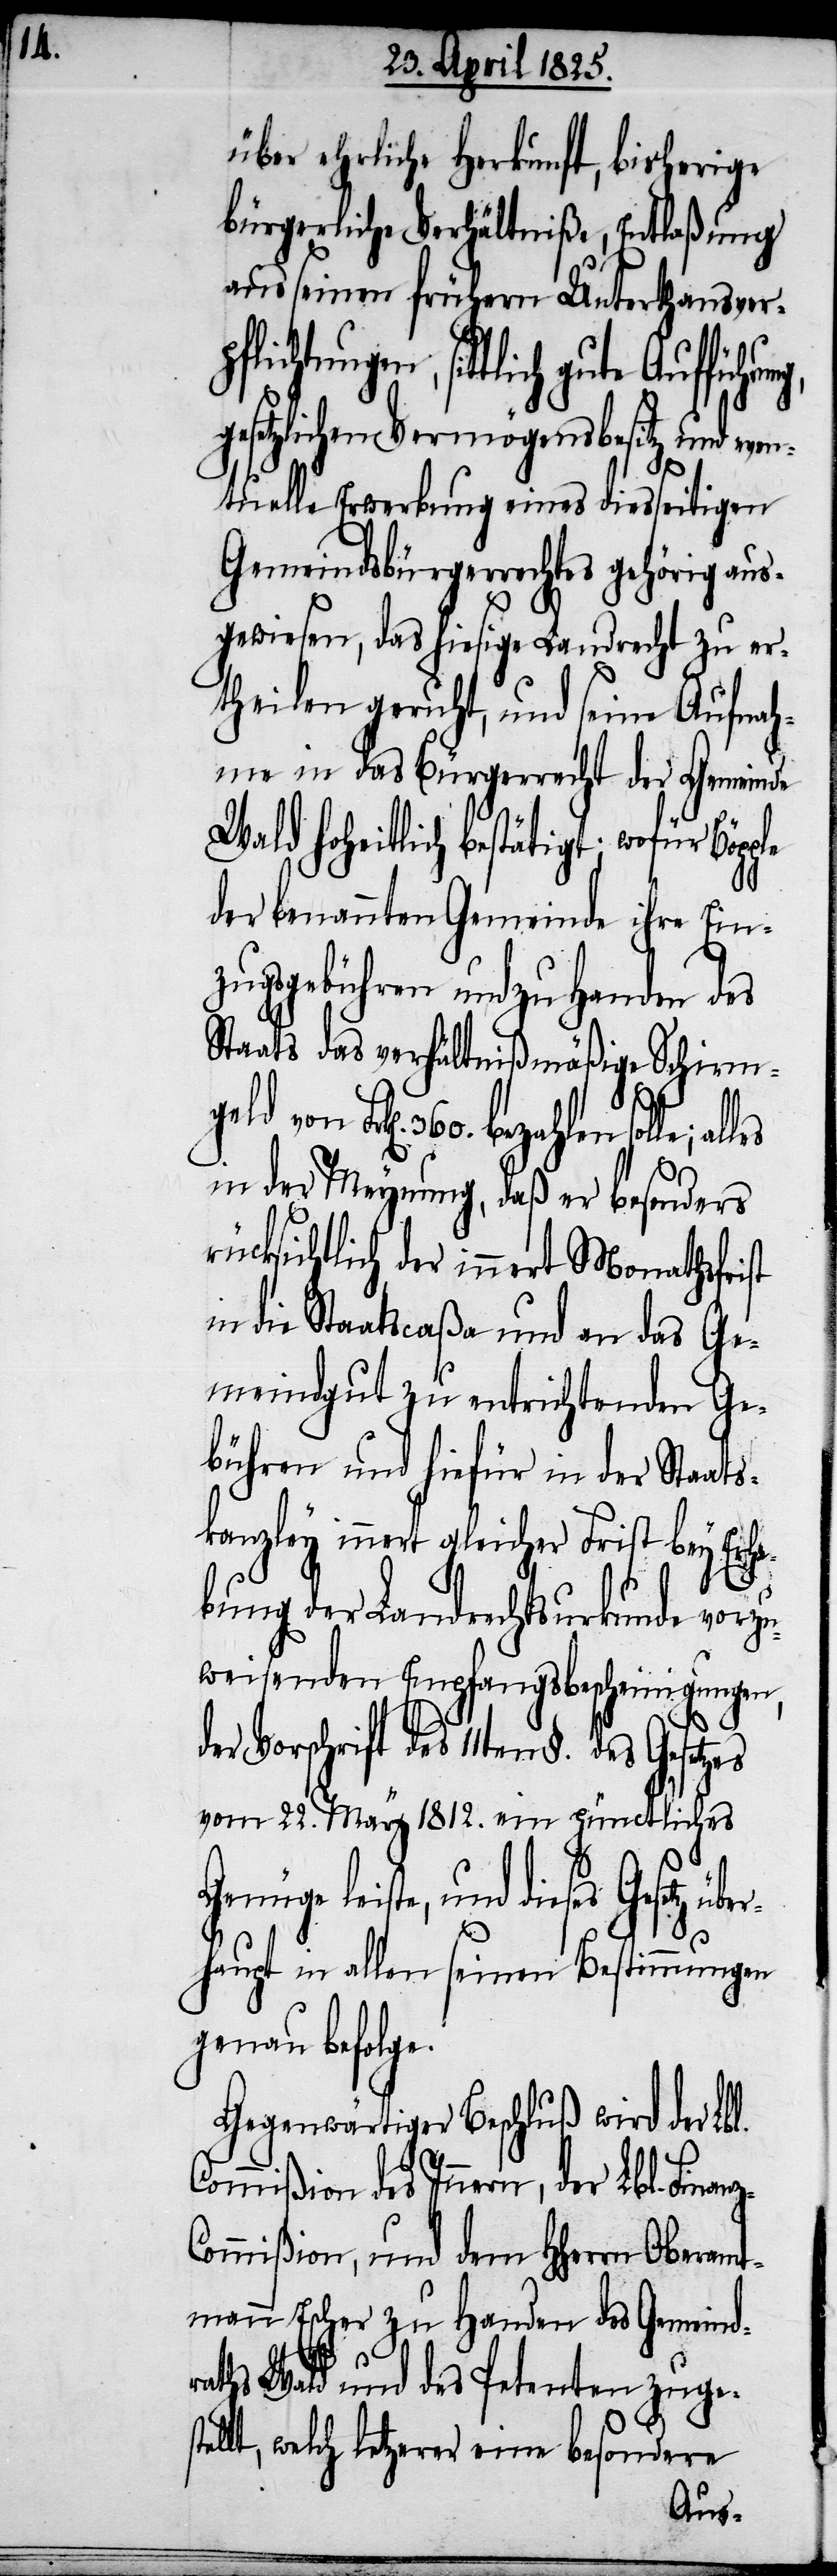
über ehrliche Herkunft, bisherige
bürgerliche Verhältniße, Entlaßung
aus seinen frühern Unterthansverp¬
flichtungen, sittlich
gesetzlichem Vermögensbesitz und even¬
tuelle Erwerbung eines diesseitigen
Gemeindsbürgerrechtes gehörig aus¬
gewiesen, das hiesige Landrecht zu er¬
theilen geruht, und seine Aufnah¬
me in das Bürgerrecht der Gemeinde
Wald hoheitlich bestätigt; wofür Bögg¬
der benannten Gemeinde ihre Ein¬
zugsgebühren und zu Handen des
Staats das verhältnißmäßige Schirmgeld
von Frk[en]. 360. bezahlen solle;
in der Meynung, daß er besonders
rücksichtlich der innert Monathsfrist
in die Staatscaßa und an das Ge¬
meindgut zu entrichtenden Ge¬
bühren und hiefür in der Staats¬
kanzley innert gleicher Frist bey Erh¬
ebung der Landrechtsurkunde vorzu¬
weisenden Empfangsbescheinigungen,
nz-C¬
der Vorschrift des 11ten §. des
vom 22. May 1812. ein pünctliches
st¬
Genüge leiste, und dieses Gesetz üb¬
haupt in allen seinen Bestimmungen
genau befolge.
Gegenwärtiger Beschluß wird der Lbl.
Commißion des Innern, der Lbl. Fina¬
ommißion, und dem HHerrn Oberamt¬
mann Escher zu Handen des Gemeindr¬
aths Wald und des Petenten zuge¬
ellt, welch letzerer eine besondere